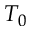
T _ { 0 }